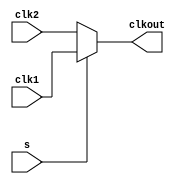
// SPDX-License-Identifier: Apache-2.0
// Copyright (C) 2019 Intel Corporation. 
module hdpldadapt_cmn_clkmux2_cell
(
        output  wire    clkout,
        input   wire    clk2,
        input   wire    clk1,
        input   wire    s
);

      assign clkout = s ? clk1 : clk2;

endmodule // hdpldadapt_cmn_clkmux2_cell